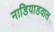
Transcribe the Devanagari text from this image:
नाडियाडवाल